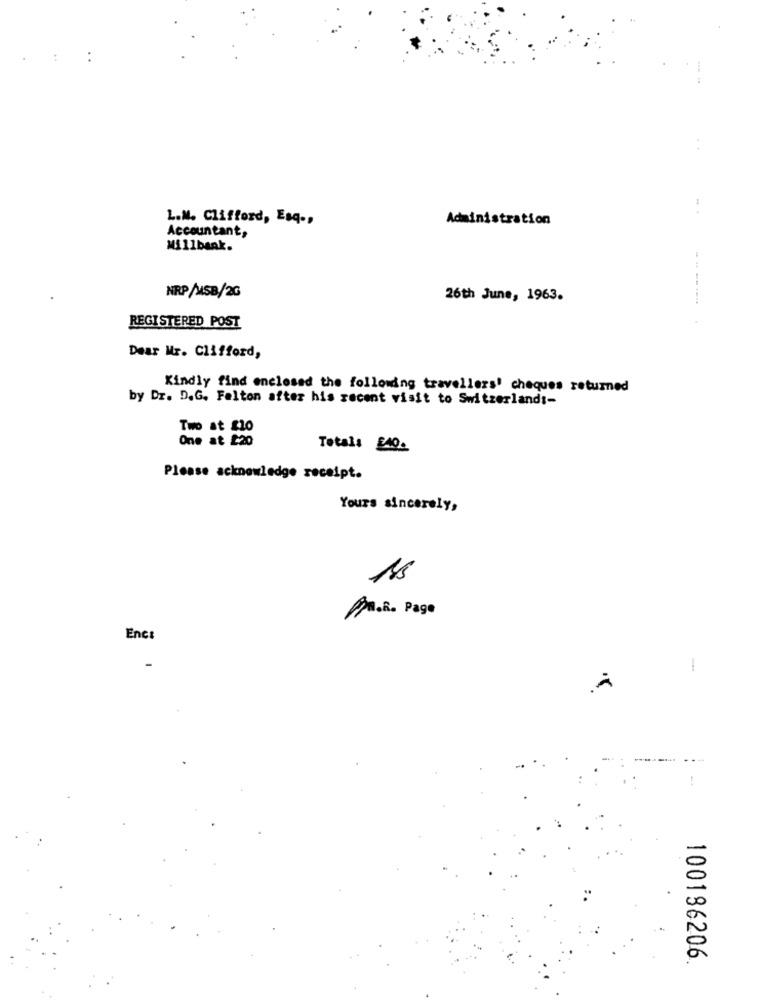
. .
L.M. Clifford, Esq .,
Administration
Accountant,
Millbank.
NRP/MSB/2G
26th June, 1963.
-------
REGISTERED POST
Dear Mr. Clifford,
Kindly find enclosed the following travellers' cheques returned
by Dr. D.G. Felton after his recent visit to Switzerlandi-
Two at sio
One at 220
Total: 540.
Please acknowledge receipt.
Yours sincerely,
18
A.R. Page
Enc:
-
.A
...
100186206.